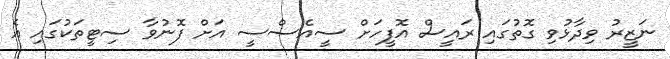
ނަޒީރު ވިދާޅުވި ގޮތުގައި ރައީސް އޮފީހަށް ސީއެސްސީ އަށް ފޮނުވާ ސިޓީތަކުގައި އެ